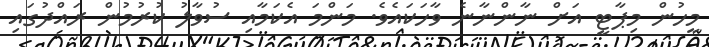
މީހުން މިޕާޓީ އަށް ނާންނާނެ ވާހަކައެވެ. މަންމަ އެކަމާއި ސުވާލު ކުރުމުން ރައްދުގައި